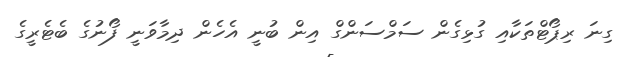
ގިނަ ރިޕޯޓްތަކާއި ގުޅިގެން ސަމްސަންގް އިން ބުނީ އެހެން ދިމާވަނީ ފޯނުގެ ބެޓެރީގެ